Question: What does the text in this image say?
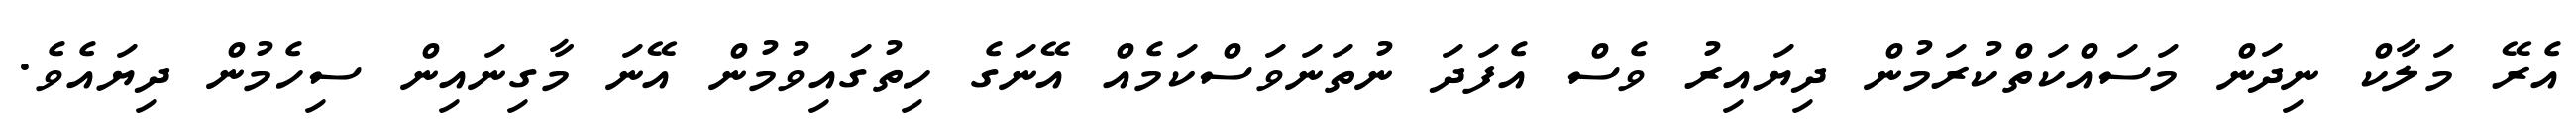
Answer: އެރޭ މަލާކް ނިދަން މަސައްކަތްކުރަމުން ދިޔައިރު ވެސް އެފަދަ ނުތަނަވަސްކަމެއް އޭނަގެ ހިތުގައިވުމުން އޭނަ މާގިނައިން ސިހެމުން ދިޔައެވެ.